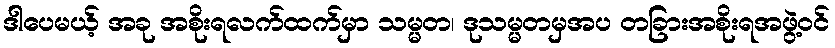
ဒါပေမယ့် အခု အစိုးရလက်ထက်မှာ သမ္မတ၊ ဒုသမ္မတမှအပ တခြားအစိုးရအဖွဲ့ဝင်